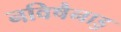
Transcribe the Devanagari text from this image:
नविषैनाडु